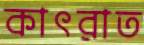
কাৎরাত